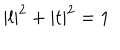
\left| l \right| ^ { 2 } + \left| t \right| ^ { 2 } = 1